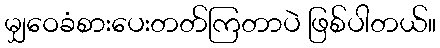
မျှဝေခံစားပေးတတ်ကြတာပဲ ဖြစ်ပါတယ်။